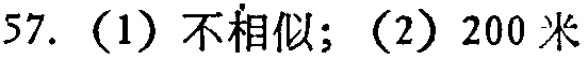
57.（1）不相似；（2）200 米